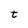
Character: t